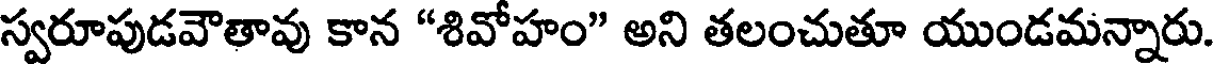
స్వరూపుడవౌతావు కాన "శివోహం" అని తలంచుతూ యుండమన్నారు.